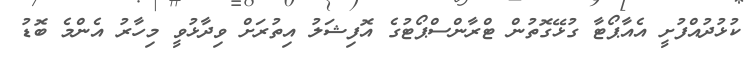
ކުޅުދުއްފުށީ އެއާޕޯޓާ ގުޅޭގޮތުން ޓްރާންސްޕޯޓުގެ އޮފިޝަލު އިތުރަށް ވިދާޅުވީ މިހާރު އެންމެ ބޮޑު